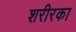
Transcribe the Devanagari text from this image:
शरीरका